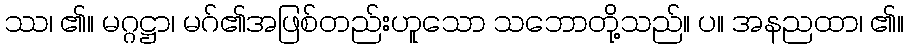
ဿ၊ ၏။ မဂ္ဂဋ္ဌာ၊ မဂ်၏အဖြစ်တည်းဟူသော သဘောတို့သည်။ ပ။ အနညထာ၊ ၏။